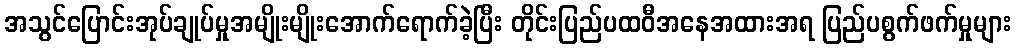
အသွင်ပြောင်းအုပ်ချုပ်မှုအမျိုးမျိုးအောက်ရောက်ခဲ့ပြီး တိုင်းပြည်ပထဝီအနေအထားအရ ပြည်ပစွက်ဖက်မှုများ